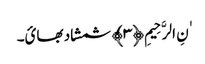
ٰنِ الرَّحِیمِ ﴿٣﴾ شمشاد بھائ۔